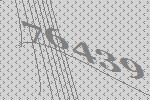
76439